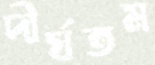
দীর্ঘতম